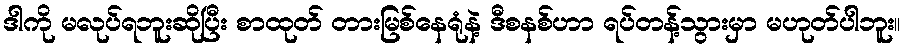
ဒါကို မလုပ်ရဘူးဆိုပြီး စာထုတ် တားမြစ်နေရုံနဲ့ ဒီစနစ်ဟာ ရပ်တန့်သွားမှာ မဟုတ်ပါဘူး။